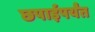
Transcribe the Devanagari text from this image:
छपाईपर्यंत